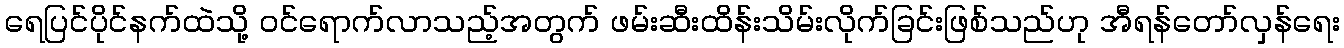
ရေပြင်ပိုင်နက်ထဲသို့ ဝင်ရောက်လာသည့်အတွက် ဖမ်းဆီးထိန်းသိမ်းလိုက်ခြင်းဖြစ်သည်ဟု အီရန်တော်လှန်ရေး